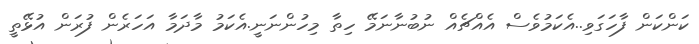
ކަންކަން ފާހަގަވި..އެކަމުވެސް އެއްޗެއް ނުބުނާނަމޭ ހިތާ މިހުންނަނީ.އެކަމު މާދަމާ އަހަރެން ފުރަން އުޅޭތީ